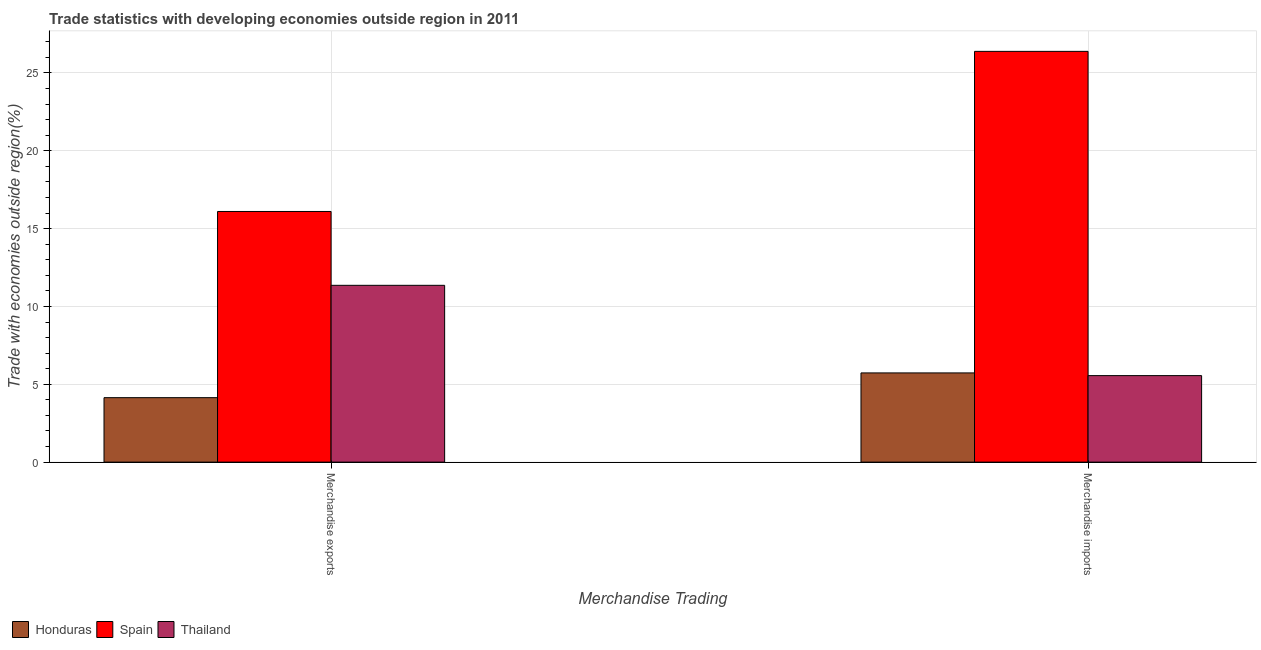
| Merchandise Trading | Honduras | Spain | Thailand |
 | --- | --- | --- | --- |
 | Merchandise exports | 4.14 | 16.1 | 11.4 |
 | Merchandise imports | 5.73 | 26.4 | 5.56 |